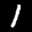
Label: 1